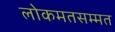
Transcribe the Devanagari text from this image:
लोकमतसम्मत